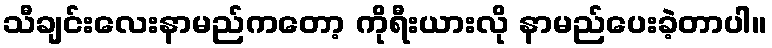
သီချင်းလေးနာမည်ကတော့ ကိုရီးယားလို နာမည်ပေးခဲ့တာပါ။